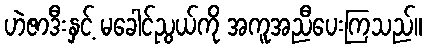
ဟဲဇာဒီးနှင့် မခေါင်ညွယ်ကို အကူအညီပေးကြသည်။